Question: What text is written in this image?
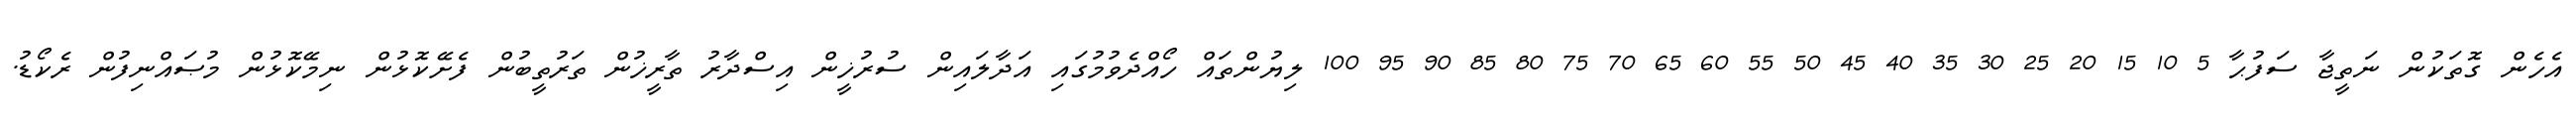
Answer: އެހެން ގޮތަކުން ނަތީޖާ ސަފުޙާ 5 10 15 20 25 30 35 40 45 50 55 60 65 70 75 80 85 90 95 100 ލިޔުންތައް ހޯއްދެވުމުގައި އަދާލައިން ސުރުޚީން އިސްދާރު ތާރީޚުން ތަރުތީބުން ފެށޭކޮޅުން ނިމޭކޮޅުން މުޞައްނިފުން ރެކޯޑު.